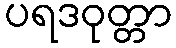
ပရဒဝုတ္တာ